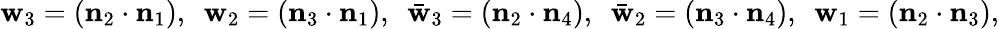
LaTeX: \mathbf{w}_{3}=({\mathbf{n}}_{2}\cdot{\mathbf{n}}_{1}),~~\mathbf{w}_{2}=({\mathbf{n}}_{3}\cdot{\mathbf{n}}_{1}),~~\bar{{\mathbf{w}}}_{3}=({\mathbf{n}}_{2}\cdot{\mathbf{n}}_{4}),~~\bar{{\mathbf{w}}}_{2}=({\mathbf{n}}_{3}\cdot{\mathbf{n}}_{4}),~~\mathbf{w}_{1}=({\mathbf{n}}_{2}\cdot{\mathbf{n}}_{3}),